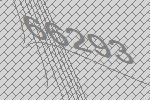
66293